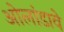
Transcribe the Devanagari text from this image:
ओलांडावे